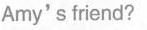
Amy's friend?